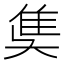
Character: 𨾎